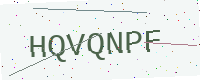
Text: HQVQNPF